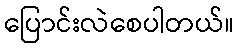
ပြောင်းလဲစေပါတယ်။